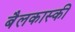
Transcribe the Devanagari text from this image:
बैलकास्की